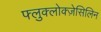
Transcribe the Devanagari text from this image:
फ्लुक्लोक्ज़ेसिलिन